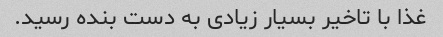
غذا با تاخیر بسیار زیادی به دست بنده رسید.